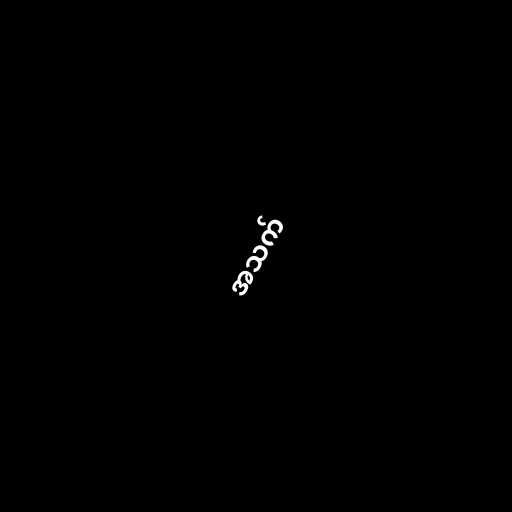
အသက်